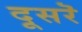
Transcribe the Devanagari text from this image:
दूसरॆ